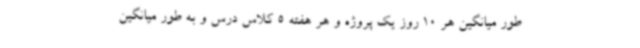
طور میانگین هر 10 روز یک پروژه و هر هفته 5 کلاس درس و به طور میانگین